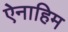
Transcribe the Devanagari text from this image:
ऐनाहिम